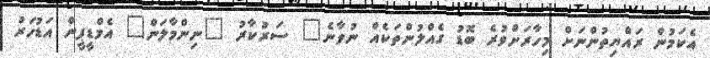
އެކަމުން ރައްޔިތުންނަށް މިހާރަށްވުރެ ބޮޑު ގެއްލުންތަކެއް ނުވާނެ" ސަރުކާރު "ނިންމާލަން" އެމްޑީޕީން އަޑުހަރު